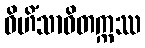
ဝိဟိံသာဝိတက္ကဿ